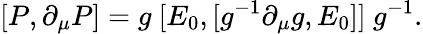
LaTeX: [P,\partial_{\mu}P]=g\ [E_{0},[g^{-1}\partial_{\mu}g,E_{0}]]\ g^{-1}.